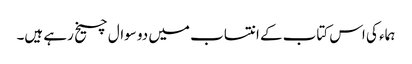
ہماء کی اس کتاب کے انتساب میں دو سوال چیخ رہے ہیں۔